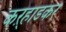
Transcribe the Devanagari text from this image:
कऱ्हाडकर